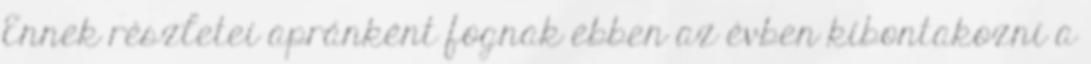
Ennek részletei apránként fognak ebben az évben kibontakozni a